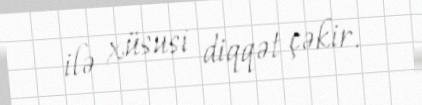
ilə xüsusi diqqət çəkir.